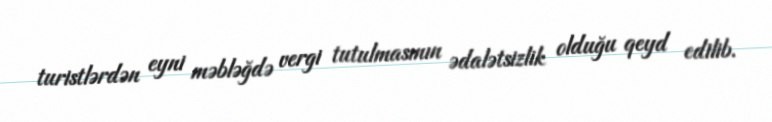
turistlərdən eyni məbləğdə vergi tutulmasının ədalətsizlik olduğu qeyd edilib.